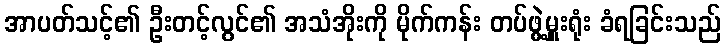
အာပတ်သင့်၏ ဦးတင့်လွင်၏ အသံအိုးကို မိုက်ကန်း တပ်ဖွဲ့မှူးရုံး ခံရခြင်းသည်